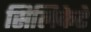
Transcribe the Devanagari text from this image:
सिलिकेटे